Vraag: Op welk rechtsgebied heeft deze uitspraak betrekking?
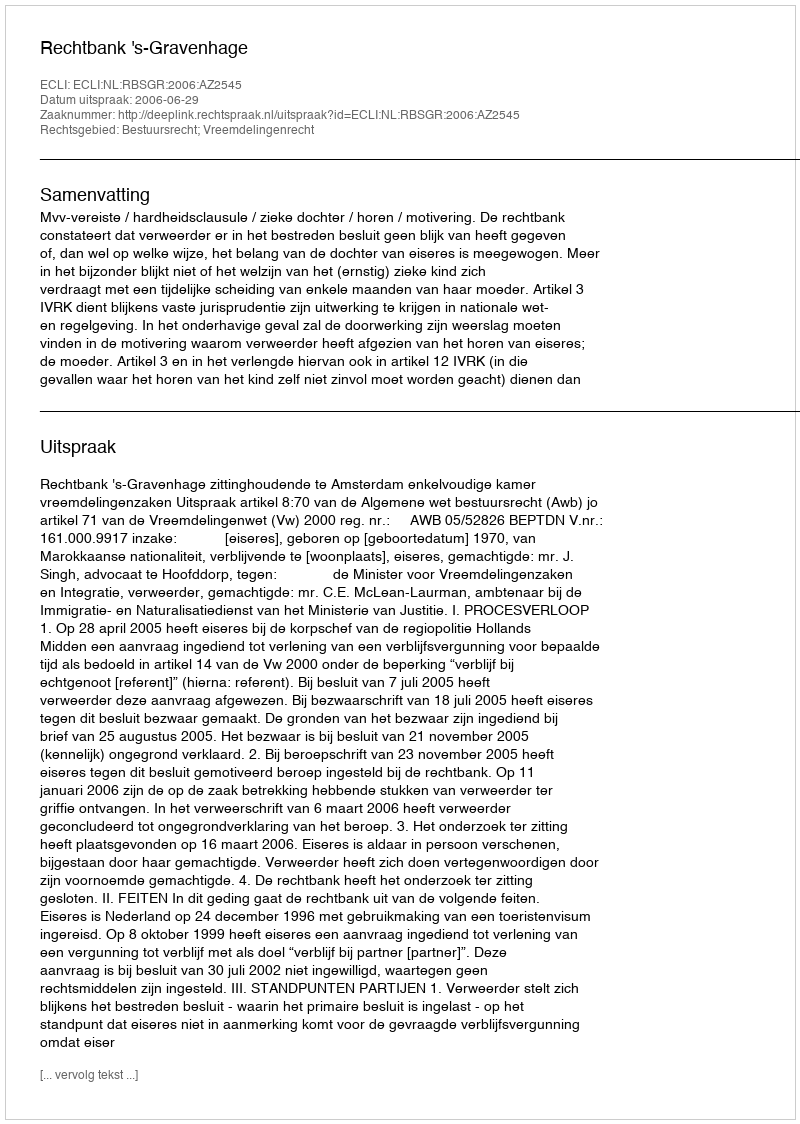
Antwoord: Bestuursrecht; Vreemdelingenrecht